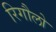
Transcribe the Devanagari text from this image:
रिगौलो